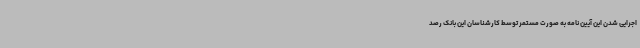
اجرایی شدن این آیین نامه به صورت مستمر توسط کارشناسان این بانک رصد